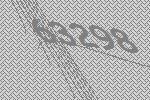
63298